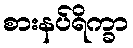
စားနပ်ရိက္ခာ